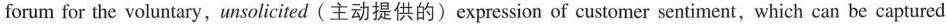
forum for the voluntary,unsolicited (主动提供的)expression of customer sentiment, which can be captured